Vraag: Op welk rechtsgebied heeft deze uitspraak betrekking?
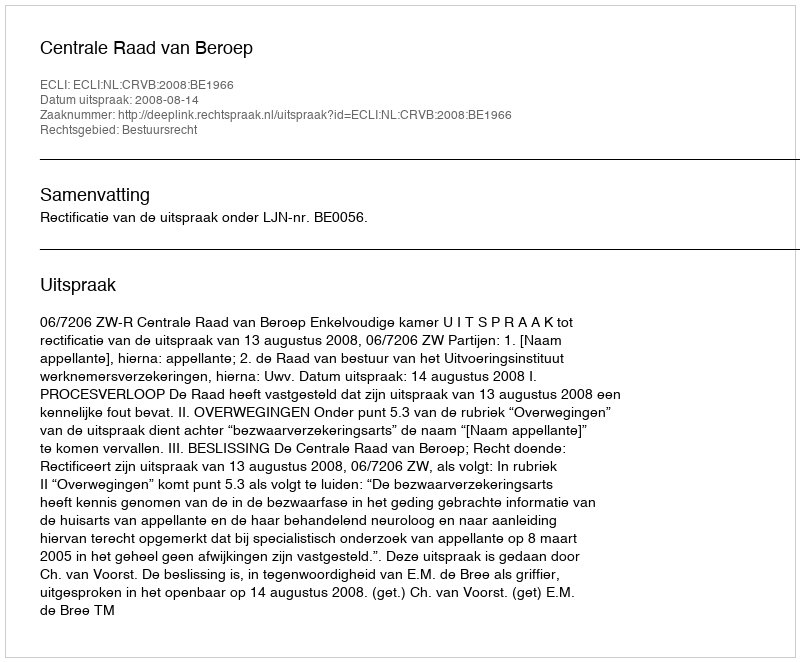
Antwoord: Bestuursrecht